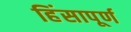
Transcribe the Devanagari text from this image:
हिंसापूर्ण